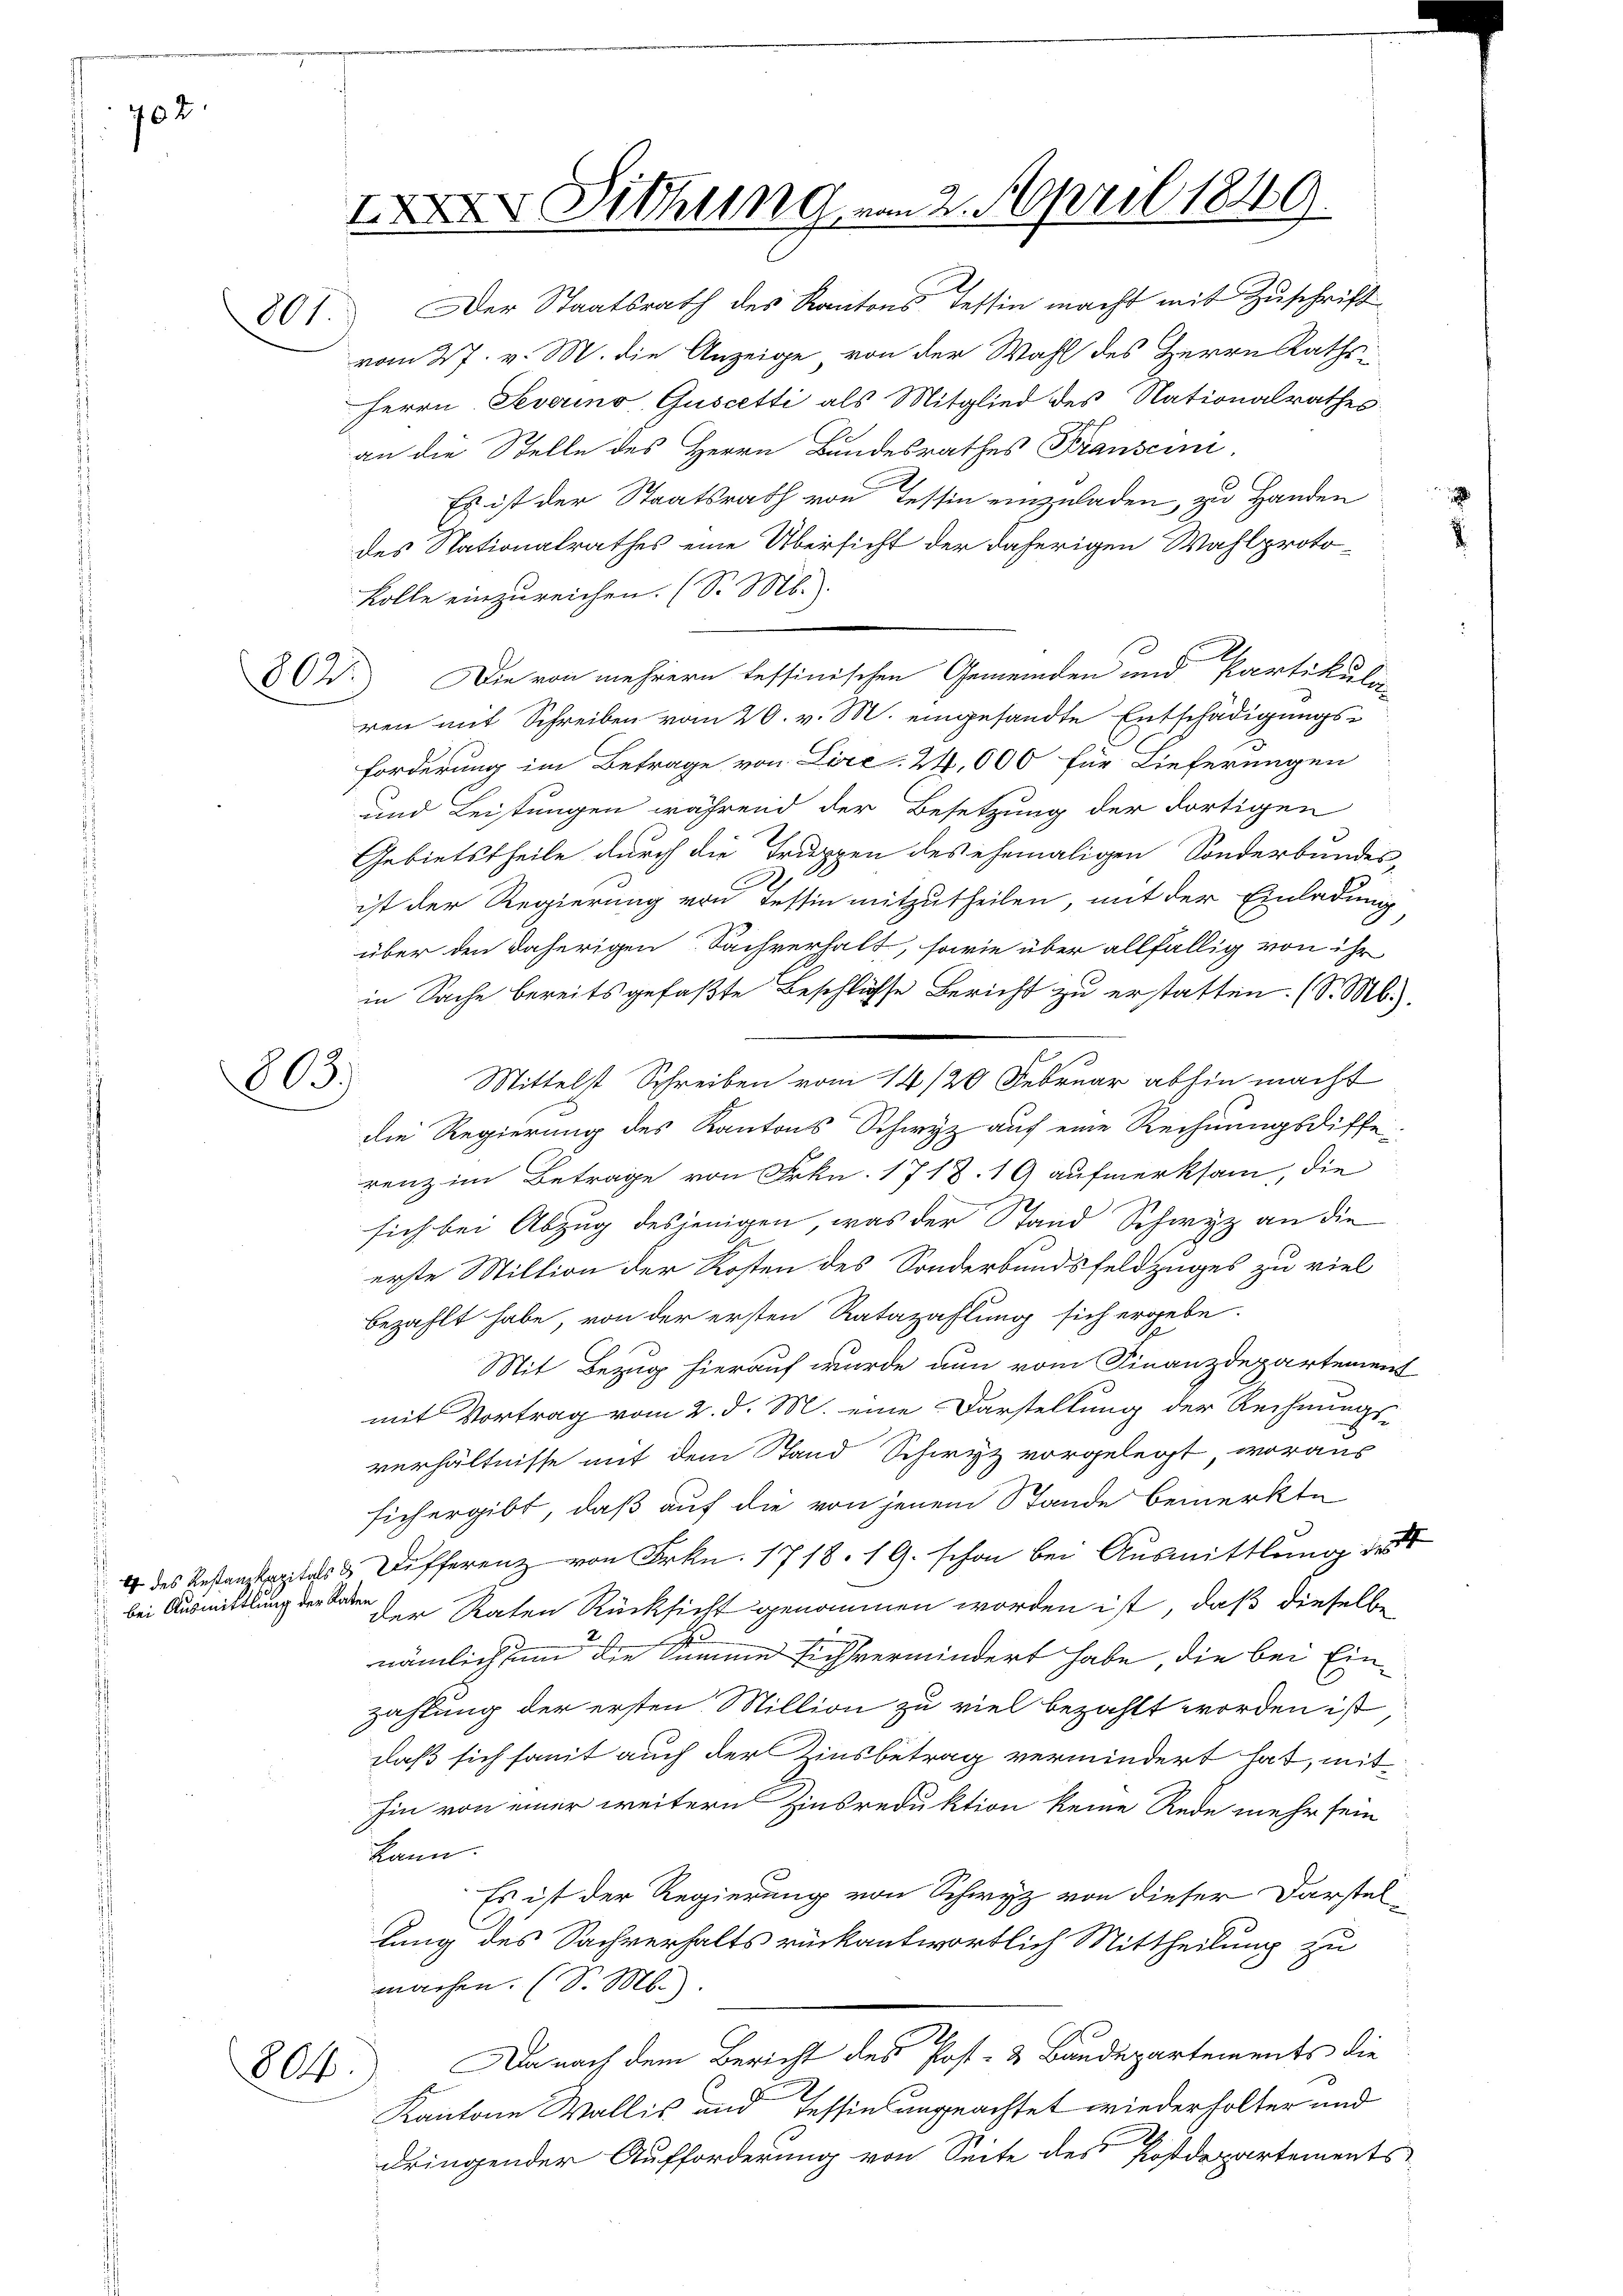
702

802.

801. Der Staatsrath des Kantons Tessin macht mit Zuschrift
vom 27. v. M. die Anzeige, von der Wahl des Herrn Raths¬
Herrn Severino, Guscetti als Mitglied des Nationalrathes.
an die Stelle des Herrn Bundesrathes Franscini
Es ist der Staatsrath von Tessin einzuladen, zu Handen
des Nationalrathes eine Übersicht der daherigen Wahlproto¬
Kolle einzureichen. (S. M.
Die von mehrern tessinischen Gemeinden und Partikulie
ren mit Schreiben vom 20. v. M. eingesandte Entschädigungs-
Forderung im Betrage von Lire 24,000 für Lieferungen
und Leistungen während der Besetzung der dortigen
Gebietstheile durch die Truppen des ehemaligen Sonderbundes-
ist der Regierung von Tessin mitzutheilen, mit der Einladung
über den daherigen Sachverhalt, sowie über allfällig von ihr
in Sache bereits gefaßte Beschlüsse Bericht zu erstatten. (S. M.
Mittelst Schreiben vom 14/20 Februar abhin macht
die Regierung des Kantons Schwyz auf eine Rechnungsdiffe
renz im Betrage von Frkn. 1718. 19 aufmerksam, die
sich bei Abzug desjenigen, was der Stand Schwyz an die
a
erste Million der Kosten des Sonderbundsfeldzuges zu viel
bezahlt habe, von der ersten Ratazahlung sich ergebe.
Mit Bezug hierauf wurde nun vom Finanzdepartement
mit Vortrag vom 2. d. M. eine Darstellung der Rechnungs-
verhältnisse mit dem Stand Schwyz vorgelegt, woraus
sich ergibt, daß auf die von jenem Stande bemerkte
4 des Restanzkapitals & Differenz von Frkn. 1718. 19. schon bei Ausmittlung des
bei Ausmittlung der Tode der Raten Rücksicht genommen worden ist, daß dieselbe
nämlich um die Summe sich vermindert habe, die bei Einzahlung der ersten Million zu viel bezahlt worden ist
daß sich somit auch der Zinsbetrag vermindert hat, mit
hin von einer weitern Zinsreduktion keine Rede mehr sein
kann.
Es ist der Regierung von Schwyz von dieser Darstellung des Sachverhalts rückantwortlich Mittheilung zu
machen. (S. M.
Da nach dem Bericht des Post- & Baudepartements die
Kantone Wallis und Tessins ungeachtet wiederholter und
dringender Aufforderung von Seite des Postdepartements

3)

l.

Sitzung von 2. April 1849.

E